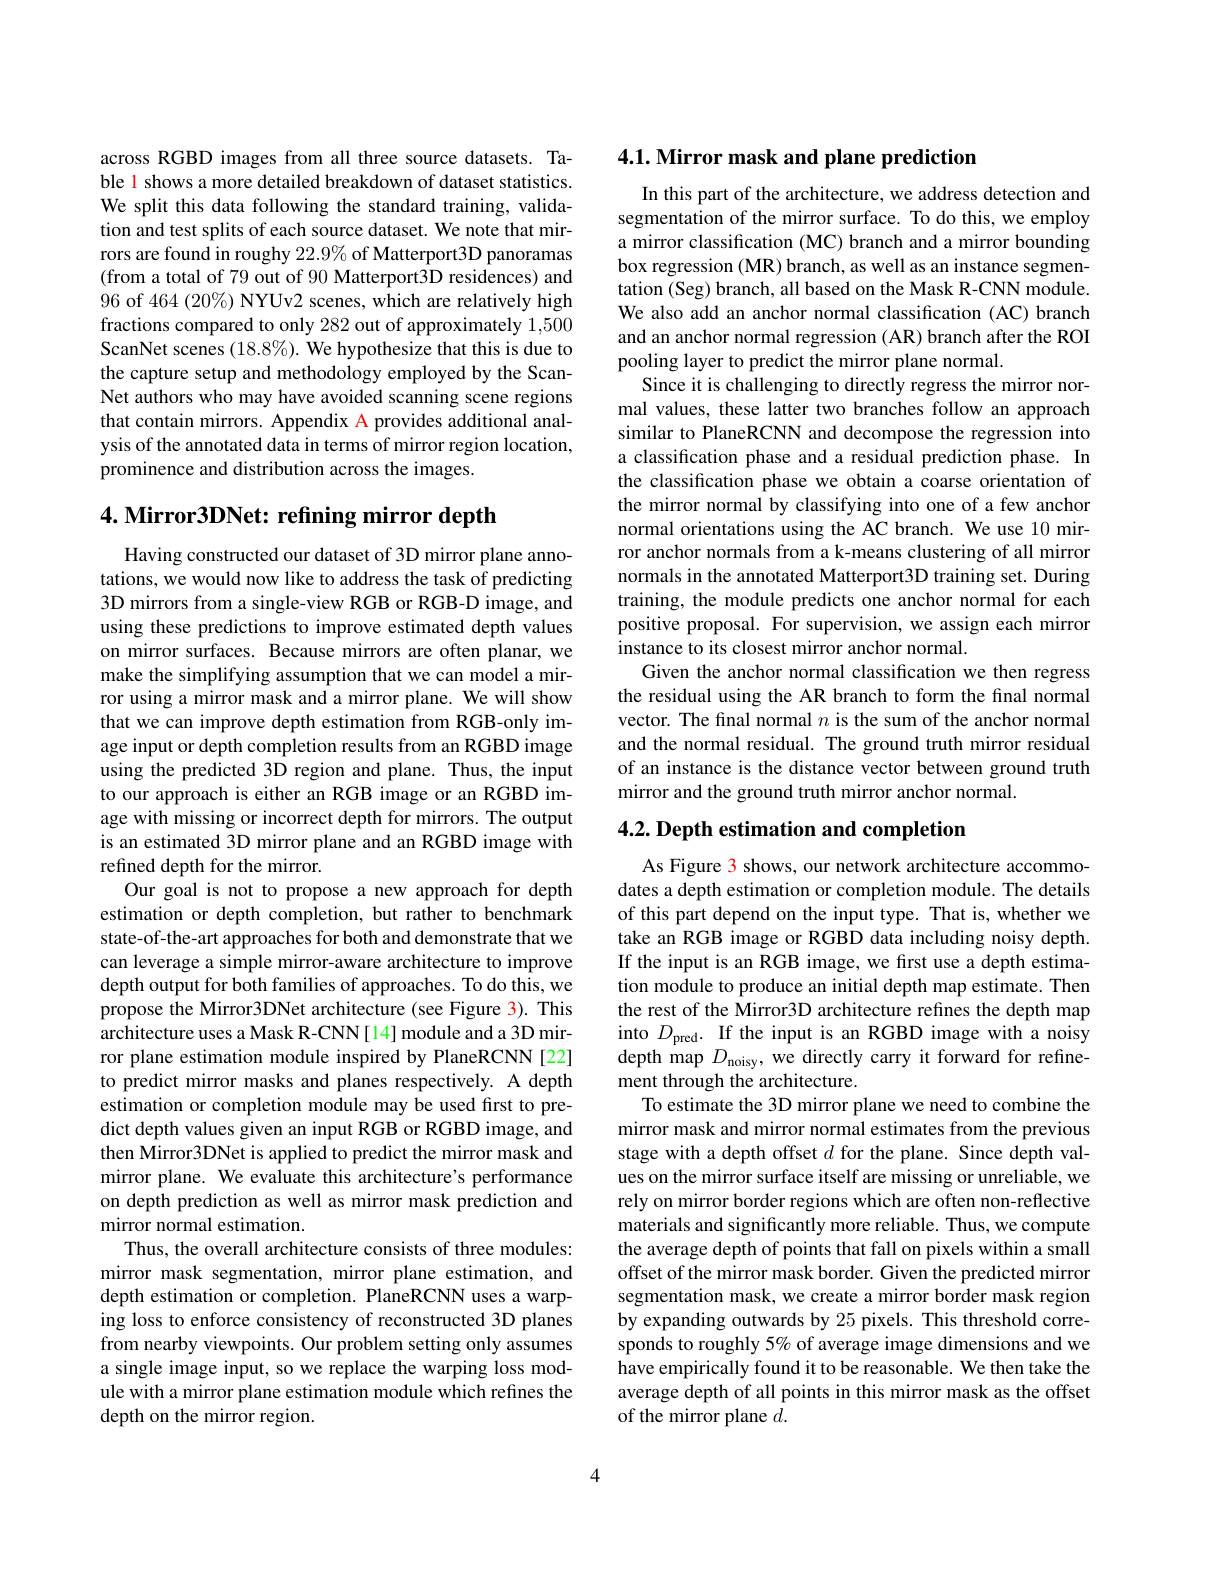
across RGBD images from all three source datasets. Table 1 shows a more detailed breakdown of dataset statistics. We split this data following the standard training, validation and test splits of each source dataset. We note that mirrors are found in roughy $22.9\%$ of Matterport3D panoramas (from a total of 79 out of 90 Matterport3D residences) and 96 of 464 (20%) NYUv2 scenes, which are relatively high fractions compared to only 282 out of approximately 1,500 ScanNet scenes (18.8%). We hypothesize that this is due to the capture setup and methodology employed by the ScanNet authors who may have avoided scanning scene regions that contain mirrors. Appendix A provides additional analysis of the annotated data in terms of mirror region location, prominence and distribution across the images.

## 4. Mirror3DNet: refining mirror depth

Having constructed our dataset of 3D mirror plane annotations, we would now like to address the task of predicting 3D mirrors from a single-view RGB or RGB-D image, and using these predictions to improve estimated depth values on mirror surfaces. Because mirrors are often planar, we make the simplifying assumption that we can model a mirror using a mirror mask and a mirror plane. We will show that we can improve depth estimation from RGB-only image input or depth completion results from an RGBD image using the predicted 3D region and plane. Thus, the input to our approach is either an RGB image or an RGBD image with missing or incorrect depth for mirrors. The output is an estimated 3D mirror plane and an RGBD image with refined depth for the mirror.
Our goal is not to propose a new approach for depth estimation or depth completion, but rather to benchmark state-of-the-art approaches for both and demonstrate that we can leverage a simple mirror-aware architecture to improve depth output for both families of approaches. To do this, we propose the Mirror3DNet architecture (see Figure 3). This architecture uses a Mask R-CNN[14] module and a 3D mirror plane estimation module inspired by PlaneRCNN [22] to predict mirror masks and planes respectively. A depth estimation or completion module may be used first to predict depth values given an input RGB or RGBD image, and then Mirror3DNet is applied to predict the mirror mask and mirror plane. We evaluate this architecture's performance on depth prediction as well as mirror mask prediction and mirror normal estimation.
Thus, the overall architecture consists of three modules: mirror mask segmentation, mirror plane estimation, and depth estimation or completion. PlaneRCNN uses a warping loss to enforce consistency of reconstructed 3D planes from nearby viewpoints. Our problem setting only assumes a single image input, so we replace the warping loss module with a mirror plane estimation module which refines the depth on the mirror region.

## 4.1. Mirror mask and plane prediction

In this part of the architecture, we address detection and segmentation of the mirror surface. To do this, we employ a mirror classification (MC) branch and a mirror bounding box regression (MR) branch, as well as an instance segmentation (Seg) branch, all based on the Mask R-CNN module. We also add an anchor normal classification (AC) branch and an anchor normal regression (AR) branch after the ROI pooling layer to predict the mirror plane normal.
Since it is challenging to directly regress the mirror normal values, these latter two branches follow an approach similar to PlaneRCNN and decompose the regression into a classification phase and a residual prediction phase. In the classification phase we obtain a coarse orientation of the mirror normal by classifying into one of a few anchor normal orientations using the AC branch. We use 10 mirror anchor normals from a k-means clustering of all mirror normals in the annotated Matterport3D training set. During training, the module predicts one anchor normal for each positive proposal. For supervision, we assign each mirror instance to its closest mirror anchor normal.
Given the anchor normal classification we then regress the residual using the AR branch to form the final normal vector. The final normal $n$ is the sum of the anchor normal and the normal residual. The ground truth mirror residual of an instance is the distance vector between ground truth mirror and the ground truth mirror anchor normal.

## $4. 2. \textbf{ Depth estimation and completion}$

As Figure 3 shows, our network architecture accommodates a depth estimation or completion module. The details of this part depend on the input type. That is, whether we take an RGB image or RGBD data including noisy depth. If the input is an RGB image, we first use a depth estimation module to produce an initial depth map estimate. Then the rest of the Mirror3D architecture refines the depth map into $D_\mathrm{pred}.$ If the input is an RGBD image with a noisy depth map $D_{\mathrm{noisy}}$, we directly carry it forward for refinement through the architecture.
To estimate the 3D mirror plane we need to combine the mirror mask and mirror normal estimates from the previous stage with a depth offset $d$ for the plane. Since depth values on the mirror surface itself are missing or unreliable, we rely on mirror border regions which are often non-reflective materials and significantly more reliable. Thus, we compute the average depth of points that fall on pixels within a small offset of the mirror mask border. Given the predicted mirror segmentation mask, we create a mirror border mask region by expanding outwards by 25 pixels. This threshold corresponds to roughly 5% of average image dimensions and we have empirically found it to be reasonable. We then take the average depth of all points in this mirror mask as the offset of the mirror plane $d.$

4